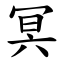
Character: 冥